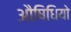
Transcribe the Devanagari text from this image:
औषिधियो